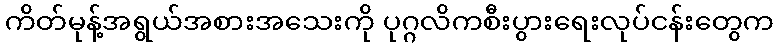
ကိတ်မုန့်အရွယ်အစားအသေးကို ပုဂ္ဂလိကစီးပွားရေးလုပ်ငန်းတွေက